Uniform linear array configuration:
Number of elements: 16
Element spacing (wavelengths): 0.5
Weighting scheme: cosine
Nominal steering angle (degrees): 0
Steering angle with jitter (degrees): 0.222
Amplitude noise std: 0.05
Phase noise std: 0.05

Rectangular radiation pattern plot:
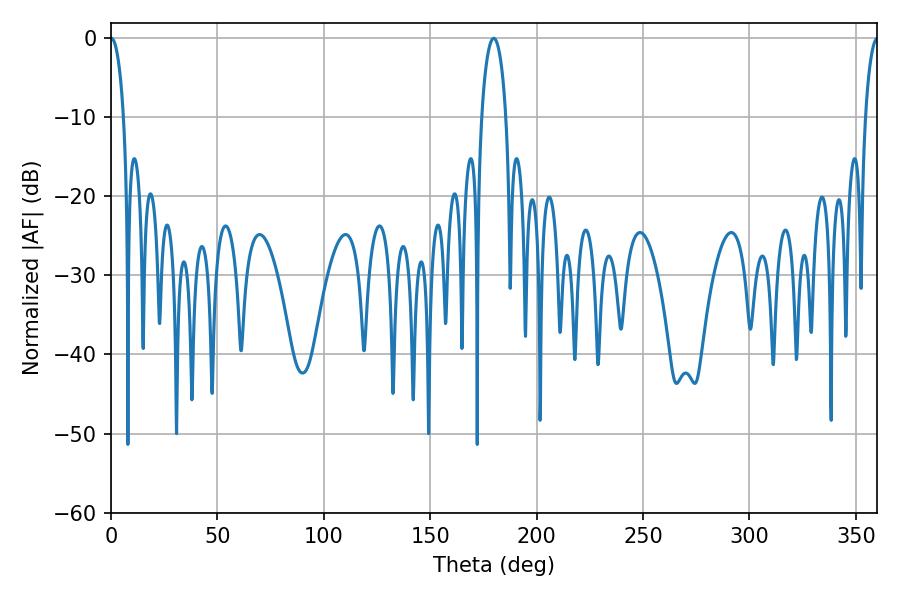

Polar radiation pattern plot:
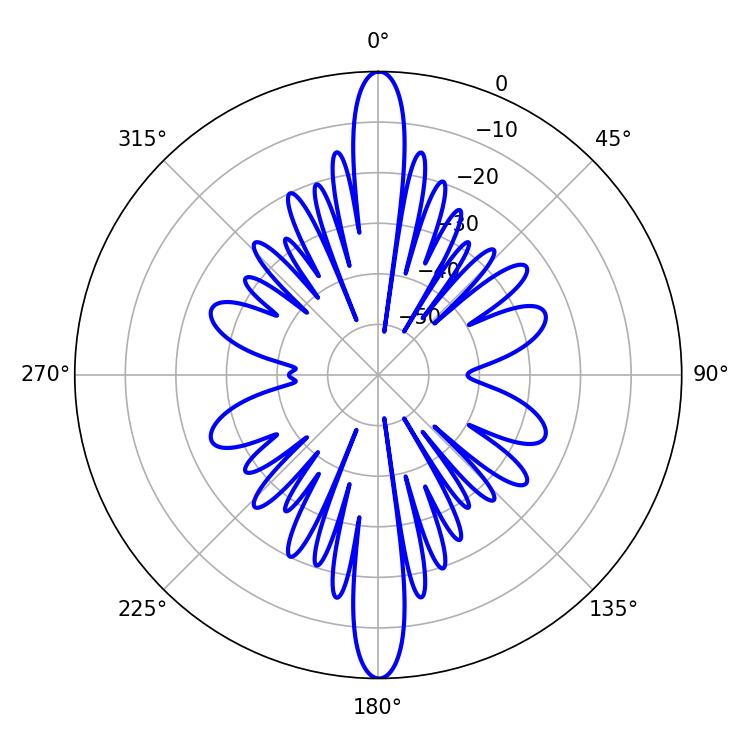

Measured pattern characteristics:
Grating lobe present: FALSE
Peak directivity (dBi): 34.893
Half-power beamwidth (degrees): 3.42
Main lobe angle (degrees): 0.18